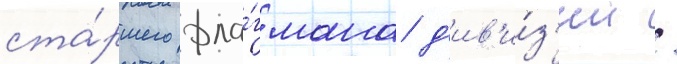
ста́ршего фла́гмана д'ив'и́з'ии /